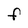
Character: F